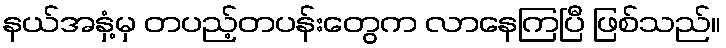
နယ်အနှံ့မှ တပည့်တပန်းတွေက လာနေကြပြီ ဖြစ်သည်။